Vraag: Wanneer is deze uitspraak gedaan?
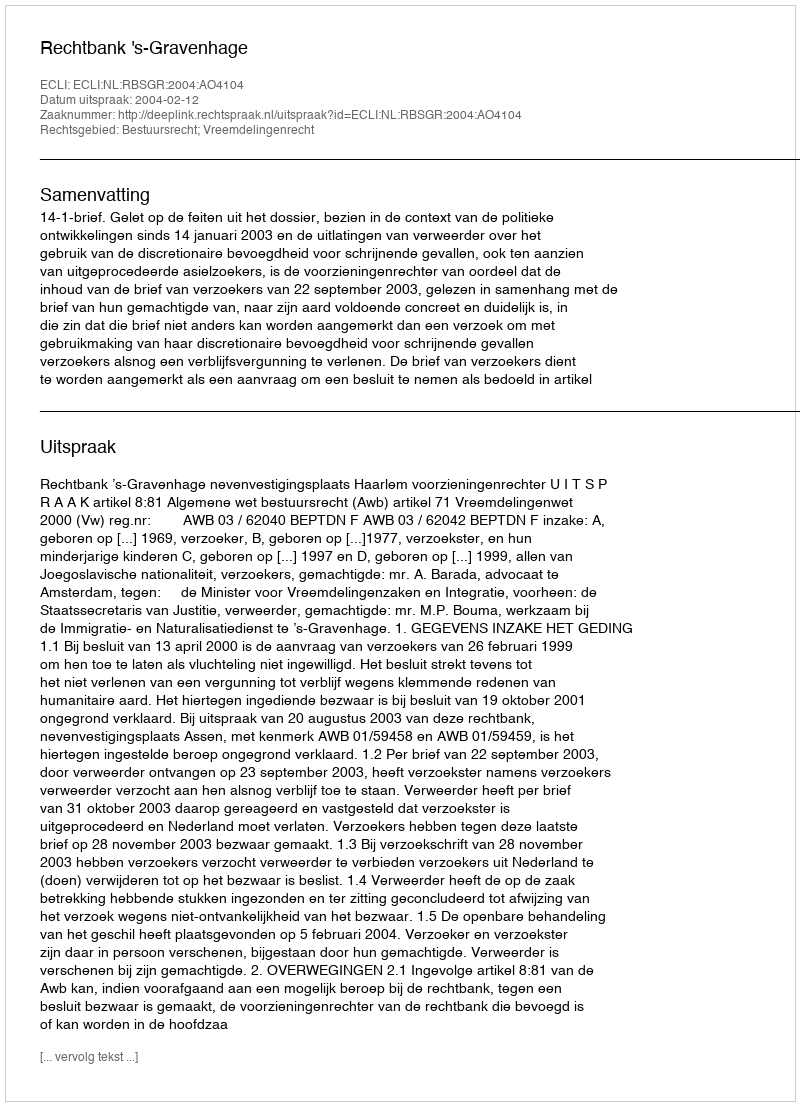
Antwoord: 2004-02-12